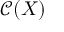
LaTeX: { \mathcal { C } } ( X )